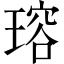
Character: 瑢